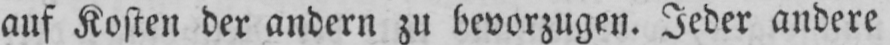
auf Kosten der andern zu bevorzugen. Jeder andere